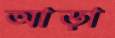
আড়া